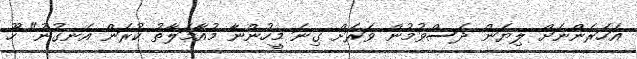
އަހަރެންނަށް ލިޔަން ދަސްވުމުން ވަރަށް ގިނަ މީހުންނާ މުއާމަލާތު ކުރަން އެނގުނު" ހޫ